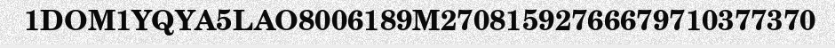
1DOM1YQYA5LAO8006189M27081592766679710377370